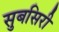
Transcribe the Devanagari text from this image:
सुबसिरी